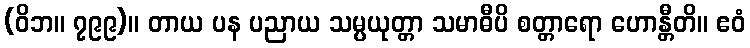
(ဝိဘ။ ၇၉၉)။ တာယ ပန ပညာယ သမ္ပယုတ္တာ သမာဓီပိ စတ္တာရော ဟောန္တီတိ။ ဧဝံ